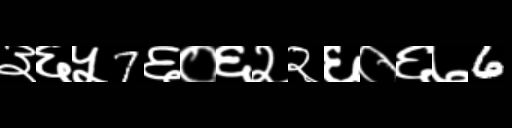
Text: ३६५7६०६२२६०६७6